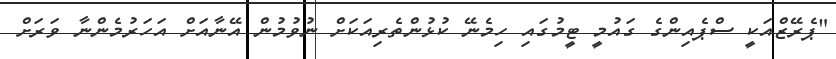
"ޕެރޭޒްއަކީ ސްޕެއިންގެ ގައުމީ ޓީމުގައި ހިމެނޭ ކުޅުންތެރިއަކަށް ނުވުމުން އޭނާއަށް އަހަރުމެންނާ ވަރަށް